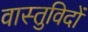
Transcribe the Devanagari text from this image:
वास्‍तुविदों